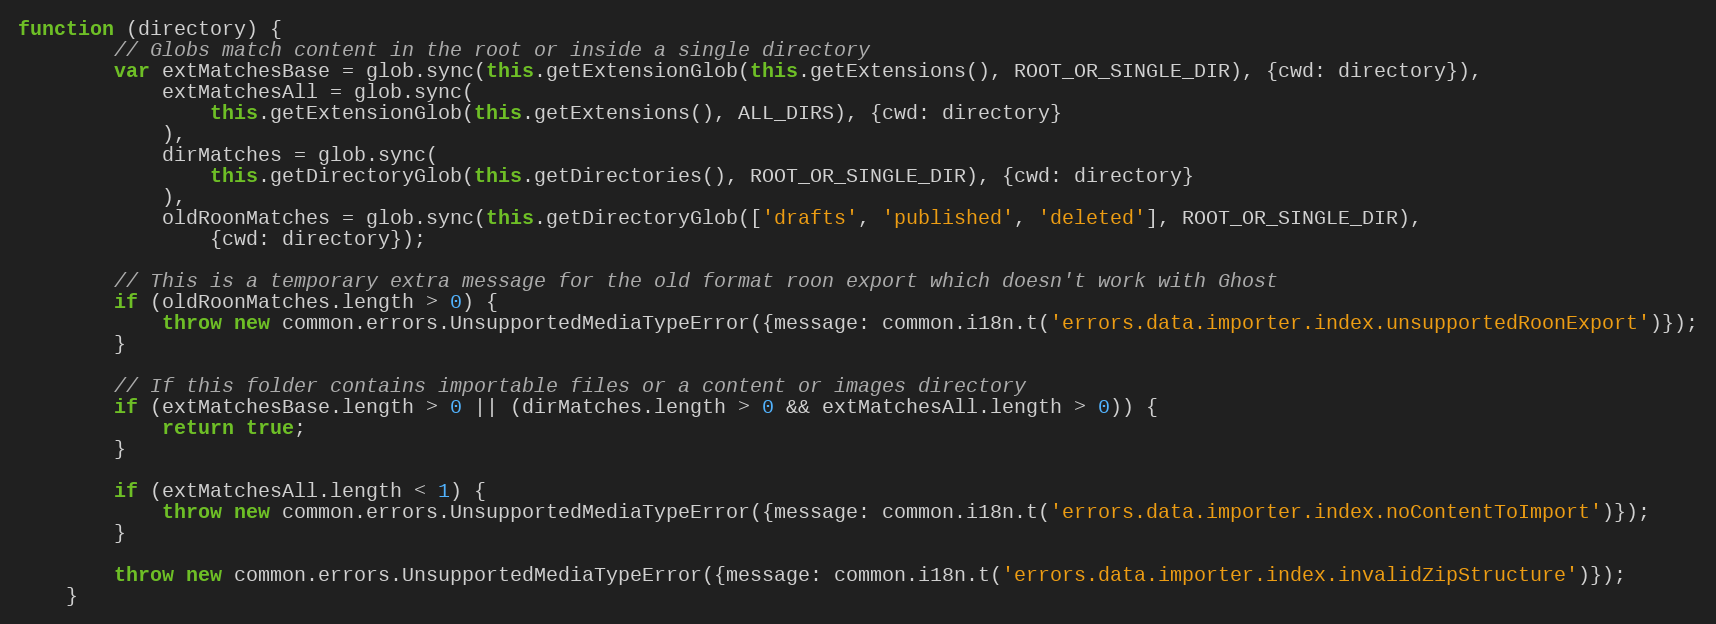
Language: JavaScript
function (directory) {
        // Globs match content in the root or inside a single directory
        var extMatchesBase = glob.sync(this.getExtensionGlob(this.getExtensions(), ROOT_OR_SINGLE_DIR), {cwd: directory}),
            extMatchesAll = glob.sync(
                this.getExtensionGlob(this.getExtensions(), ALL_DIRS), {cwd: directory}
            ),
            dirMatches = glob.sync(
                this.getDirectoryGlob(this.getDirectories(), ROOT_OR_SINGLE_DIR), {cwd: directory}
            ),
            oldRoonMatches = glob.sync(this.getDirectoryGlob(['drafts', 'published', 'deleted'], ROOT_OR_SINGLE_DIR),
                {cwd: directory});

        // This is a temporary extra message for the old format roon export which doesn't work with Ghost
        if (oldRoonMatches.length > 0) {
            throw new common.errors.UnsupportedMediaTypeError({message: common.i18n.t('errors.data.importer.index.unsupportedRoonExport')});
        }

        // If this folder contains importable files or a content or images directory
        if (extMatchesBase.length > 0 || (dirMatches.length > 0 && extMatchesAll.length > 0)) {
            return true;
        }

        if (extMatchesAll.length < 1) {
            throw new common.errors.UnsupportedMediaTypeError({message: common.i18n.t('errors.data.importer.index.noContentToImport')});
        }

        throw new common.errors.UnsupportedMediaTypeError({message: common.i18n.t('errors.data.importer.index.invalidZipStructure')});
    }